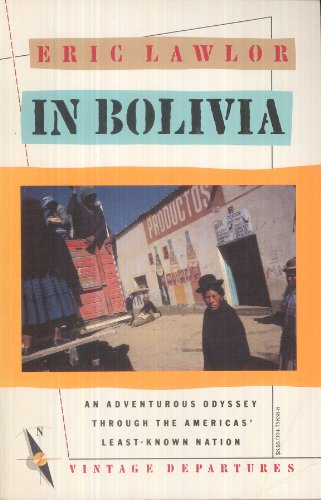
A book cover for In Bolivia: An Adventurous Odyssey Through the Americas' Least-Known Nation; Eric Lawlor; Travel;